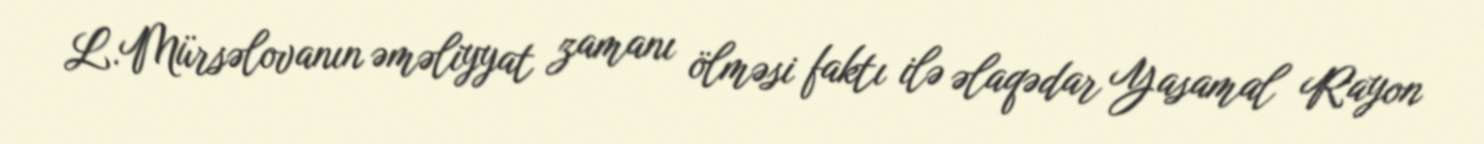
L.Mürsəlovanın əməliyyat zamanı ölməsi faktı ilə əlaqədar Yasamal Rayon